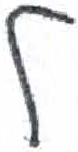
אות: ל